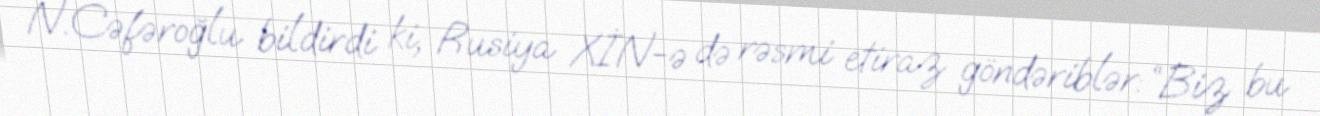
N.Cəfəroğlu bildirdi ki, Rusiya XİN-ə də rəsmi etiraz göndəriblər: “Biz bu